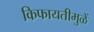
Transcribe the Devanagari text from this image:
किफायतीमुळें